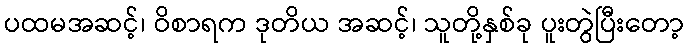
ပထမအဆင့်၊ ဝိစာရက ဒုတိယ အဆင့်၊ သူတို့နှစ်ခု ပူးတွဲပြီးတော့